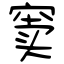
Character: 窦